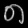
Digit: ၈